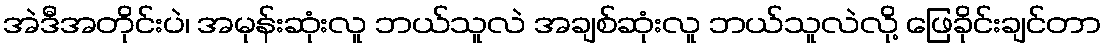
အဲဒီအတိုင်းပဲ၊ အမုန်းဆုံးလူ ဘယ်သူလဲ အချစ်ဆုံးလူ ဘယ်သူလဲလို့ ဖြေခိုင်းချင်တာ